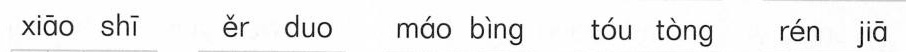
xiāo shī ěr duo máo bìng tóu tòng rén jiā